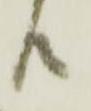
共